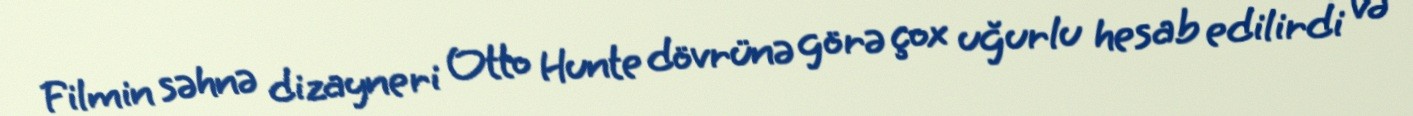
Filmin səhnə dizayneri Otto Hunte dövrünə görə çox uğurlu hesab edilirdi və